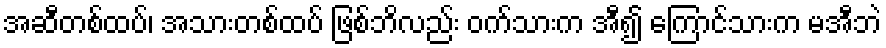
အဆီတစ်ထပ်၊ အသားတစ်ထပ် ဖြစ်ဘိလည်း ဝက်သားက အီ၍ ကြောင်သားက မအီဘဲ